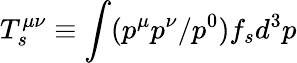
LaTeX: T_{s}^{\mu\nu}\equiv\int(p^{\mu}p^{\nu}/p^{0})f_{s}d^{3}p